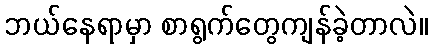
ဘယ်နေရာမှာ စာရွက်တွေကျန်ခဲ့တာလဲ။